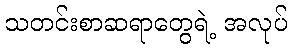
သတင်းစာဆရာတွေရဲ့ အလုပ်